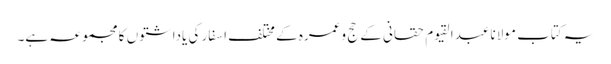
یہ کتاب مولانا عبدالقیوم حقانی کے حج وعمرہ کے مختلف اسفار کی یاداشتوں کا مجموعہ ہے۔